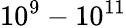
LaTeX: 10^{9}-10^{11}